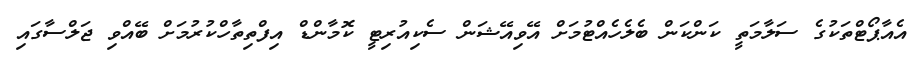
އެއާޕޯޓްތަކުގެ ސަލާމަތީ ކަންކަން ބެލެހެއްޓުމަށް އޭވިއޭޝަން ސެކިއުރިޓީ ކޮމާންޑް އިފްތިތާހްކުރުމަށް ބޭއްވި ޖަލްސާގައި